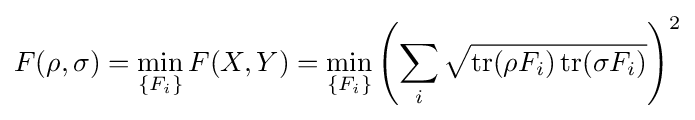
F(\rho ,\sigma )=\min _{\{F_{i}\}}F(X,Y)=\min _{\{F_{i}\}}\left(\sum _{i}{\sqrt {\operatorname {tr} (\rho F_{i})\operatorname {tr} (\sigma F_{i})}}\right)^{2}